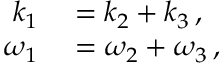
\begin{array} { r l } { k _ { 1 } } & { { } = k _ { 2 } + k _ { 3 } \mathrm { \, , } } \\ { \omega _ { 1 } } & { { } = \omega _ { 2 } + \omega _ { 3 } \mathrm { \, , } } \end{array}